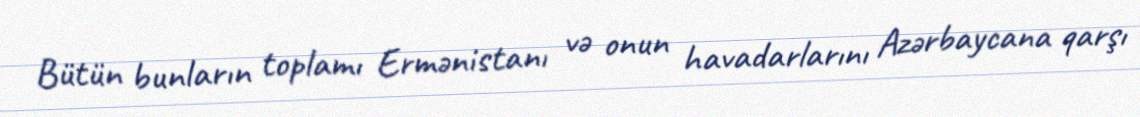
Bütün bunların toplamı Ermənistanı və onun havadarlarını Azərbaycana qarşı